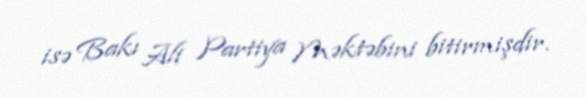
isə Bakı Ali Partiya Məktəbini bitirmişdir.